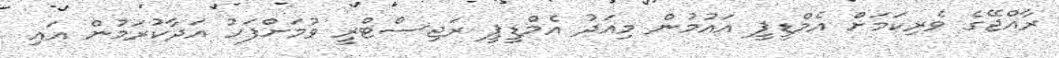
ރާއްޖޭގެ ވެރިކަމަށް އެމްޑީޕީ އައުމުން މިއަދު އެމްޑީޕީ ރަޖިސްޓްރީ ވުމަށްފަހު އަދާކުރަމުން އައި